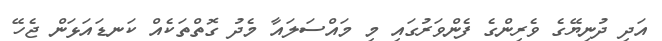
އަދި ދުނިޔޭގެ ވެރިންގެ ފެންވަރުގައި މި މައްސަލައާ މެދު ގޮތްތަކެއް ކަނޑައަޅަން ޖެހޭ